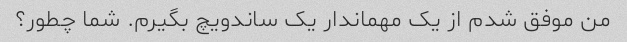
من موفق شدم از یک مهماندار یک ساندویچ بگیرم. شما چطور؟